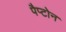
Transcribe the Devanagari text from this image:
पैप्टोन